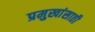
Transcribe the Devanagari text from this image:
प्रमुखांसाठी